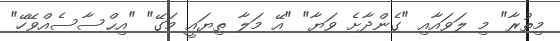
މިތުރާ" މި ލަވައާއި "ގެންދާށެ ވަޔާ" "އޭ މަލާ ތިޔައީ މަގޭ" "އިޙްސާސެއްވޭހޭ"